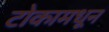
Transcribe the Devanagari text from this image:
टोकामधून